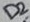
Text: D2